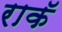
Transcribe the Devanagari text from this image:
राकॅ